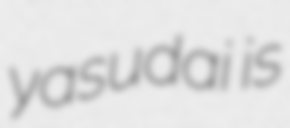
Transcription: yasudai is